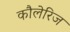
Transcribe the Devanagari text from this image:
कौलेरिज